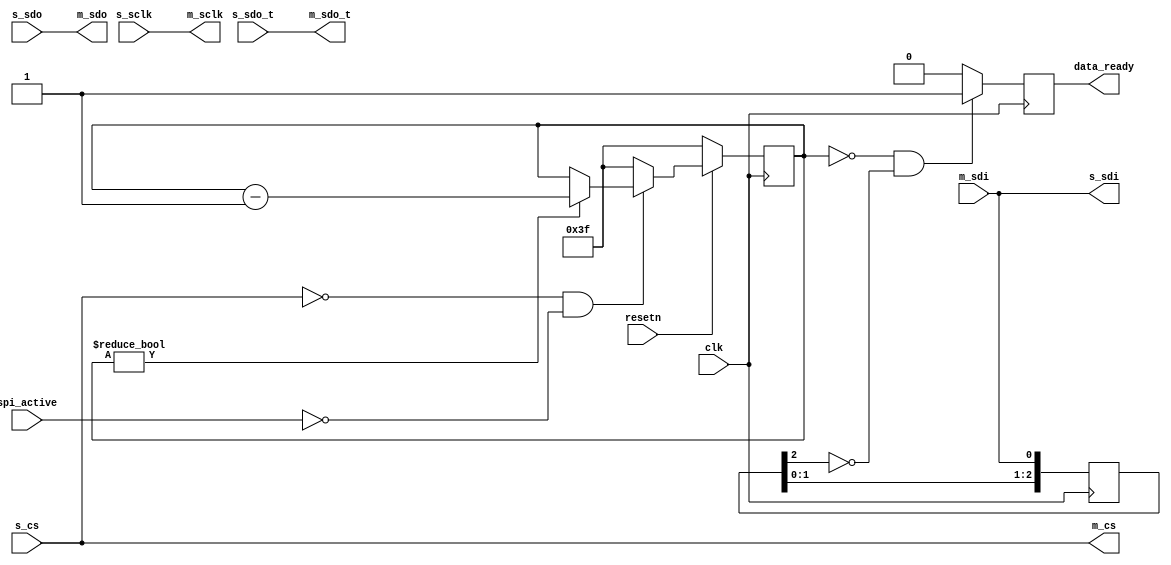
module util_sigma_delta_spi (
	input clk,
	input resetn,

	input spi_active,

	input s_sclk,
	input s_sdo,
	input s_sdo_t,
	output s_sdi,
	input [NUM_OF_CS-1:0] s_cs,

	output m_sclk,
	output m_sdo,
	output m_sdo_t,
	input m_sdi,
	output [NUM_OF_CS-1:0] m_cs,

	output reg data_ready
);

parameter NUM_OF_CS = 1;
parameter CS_PIN = 0;
parameter IDLE_TIMEOUT = 63;

/*
 * For converters from the ADI SigmaDelta family the data ready interrupt signal
 * uses the same physical wire as the the DOUT signal for the SPI bus. This
 * module extracts the data ready signal from the SPI bus and makes sure to
 * suppress false positives. The data ready signal is indicated by the converter
 * by pulling DOUT low. This will only happen if the CS pin for the converter is
 * low and no SPI transfer is active. There is a small delay between the end of
 * the SPI transfer and the point where the converter starts to indicate the
 * data ready signal. IDLE_TIMEOUT allows to specify the amount of clock cycles
 * the bus needs to be idle before the data ready signal is detected.
 */

assign m_sclk = s_sclk;
assign m_sdo = s_sdo;
assign m_sdo_t = s_sdo_t;
assign s_sdi = m_sdi;
assign m_cs = s_cs;

reg [$clog2(IDLE_TIMEOUT)-1:0] counter = IDLE_TIMEOUT;
reg [2:0] sdi_d = 'h00;

always @(posedge clk) begin
	if (resetn == 1'b0) begin
		counter <= IDLE_TIMEOUT;
	end else begin
		if (s_cs[CS_PIN] == 1'b0 && spi_active == 1'b0) begin
			if (counter != 'h00)
				counter <= counter - 1'b1;
		end else begin
			counter <= IDLE_TIMEOUT;
		end
	end
end

always @(posedge clk) begin
	/* The data ready signal is fully asynchronous */
	sdi_d <= {sdi_d[1:0], m_sdi};
end

always @(posedge clk) begin
	if (counter == 'h00 && sdi_d[2] == 1'b0) begin
		data_ready <= 1'b1;
	end else begin
		data_ready <= 1'b0;
	end
end

endmodule